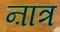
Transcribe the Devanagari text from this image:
ऩात्र